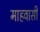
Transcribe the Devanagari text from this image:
माहवासी